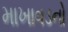
માખાવડનો